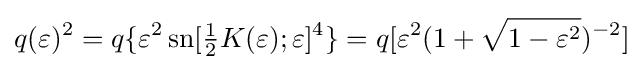
q(\varepsilon )^{2}=q\{\varepsilon ^{2}\operatorname {sn} [{\tfrac {1}{2}}K(\varepsilon );\varepsilon ]^{4}\}=q[\varepsilon ^{2}(1+{\sqrt {1-\varepsilon ^{2}}})^{-2}]